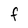
Character: F